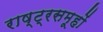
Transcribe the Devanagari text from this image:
राष्ट्रसमूहों